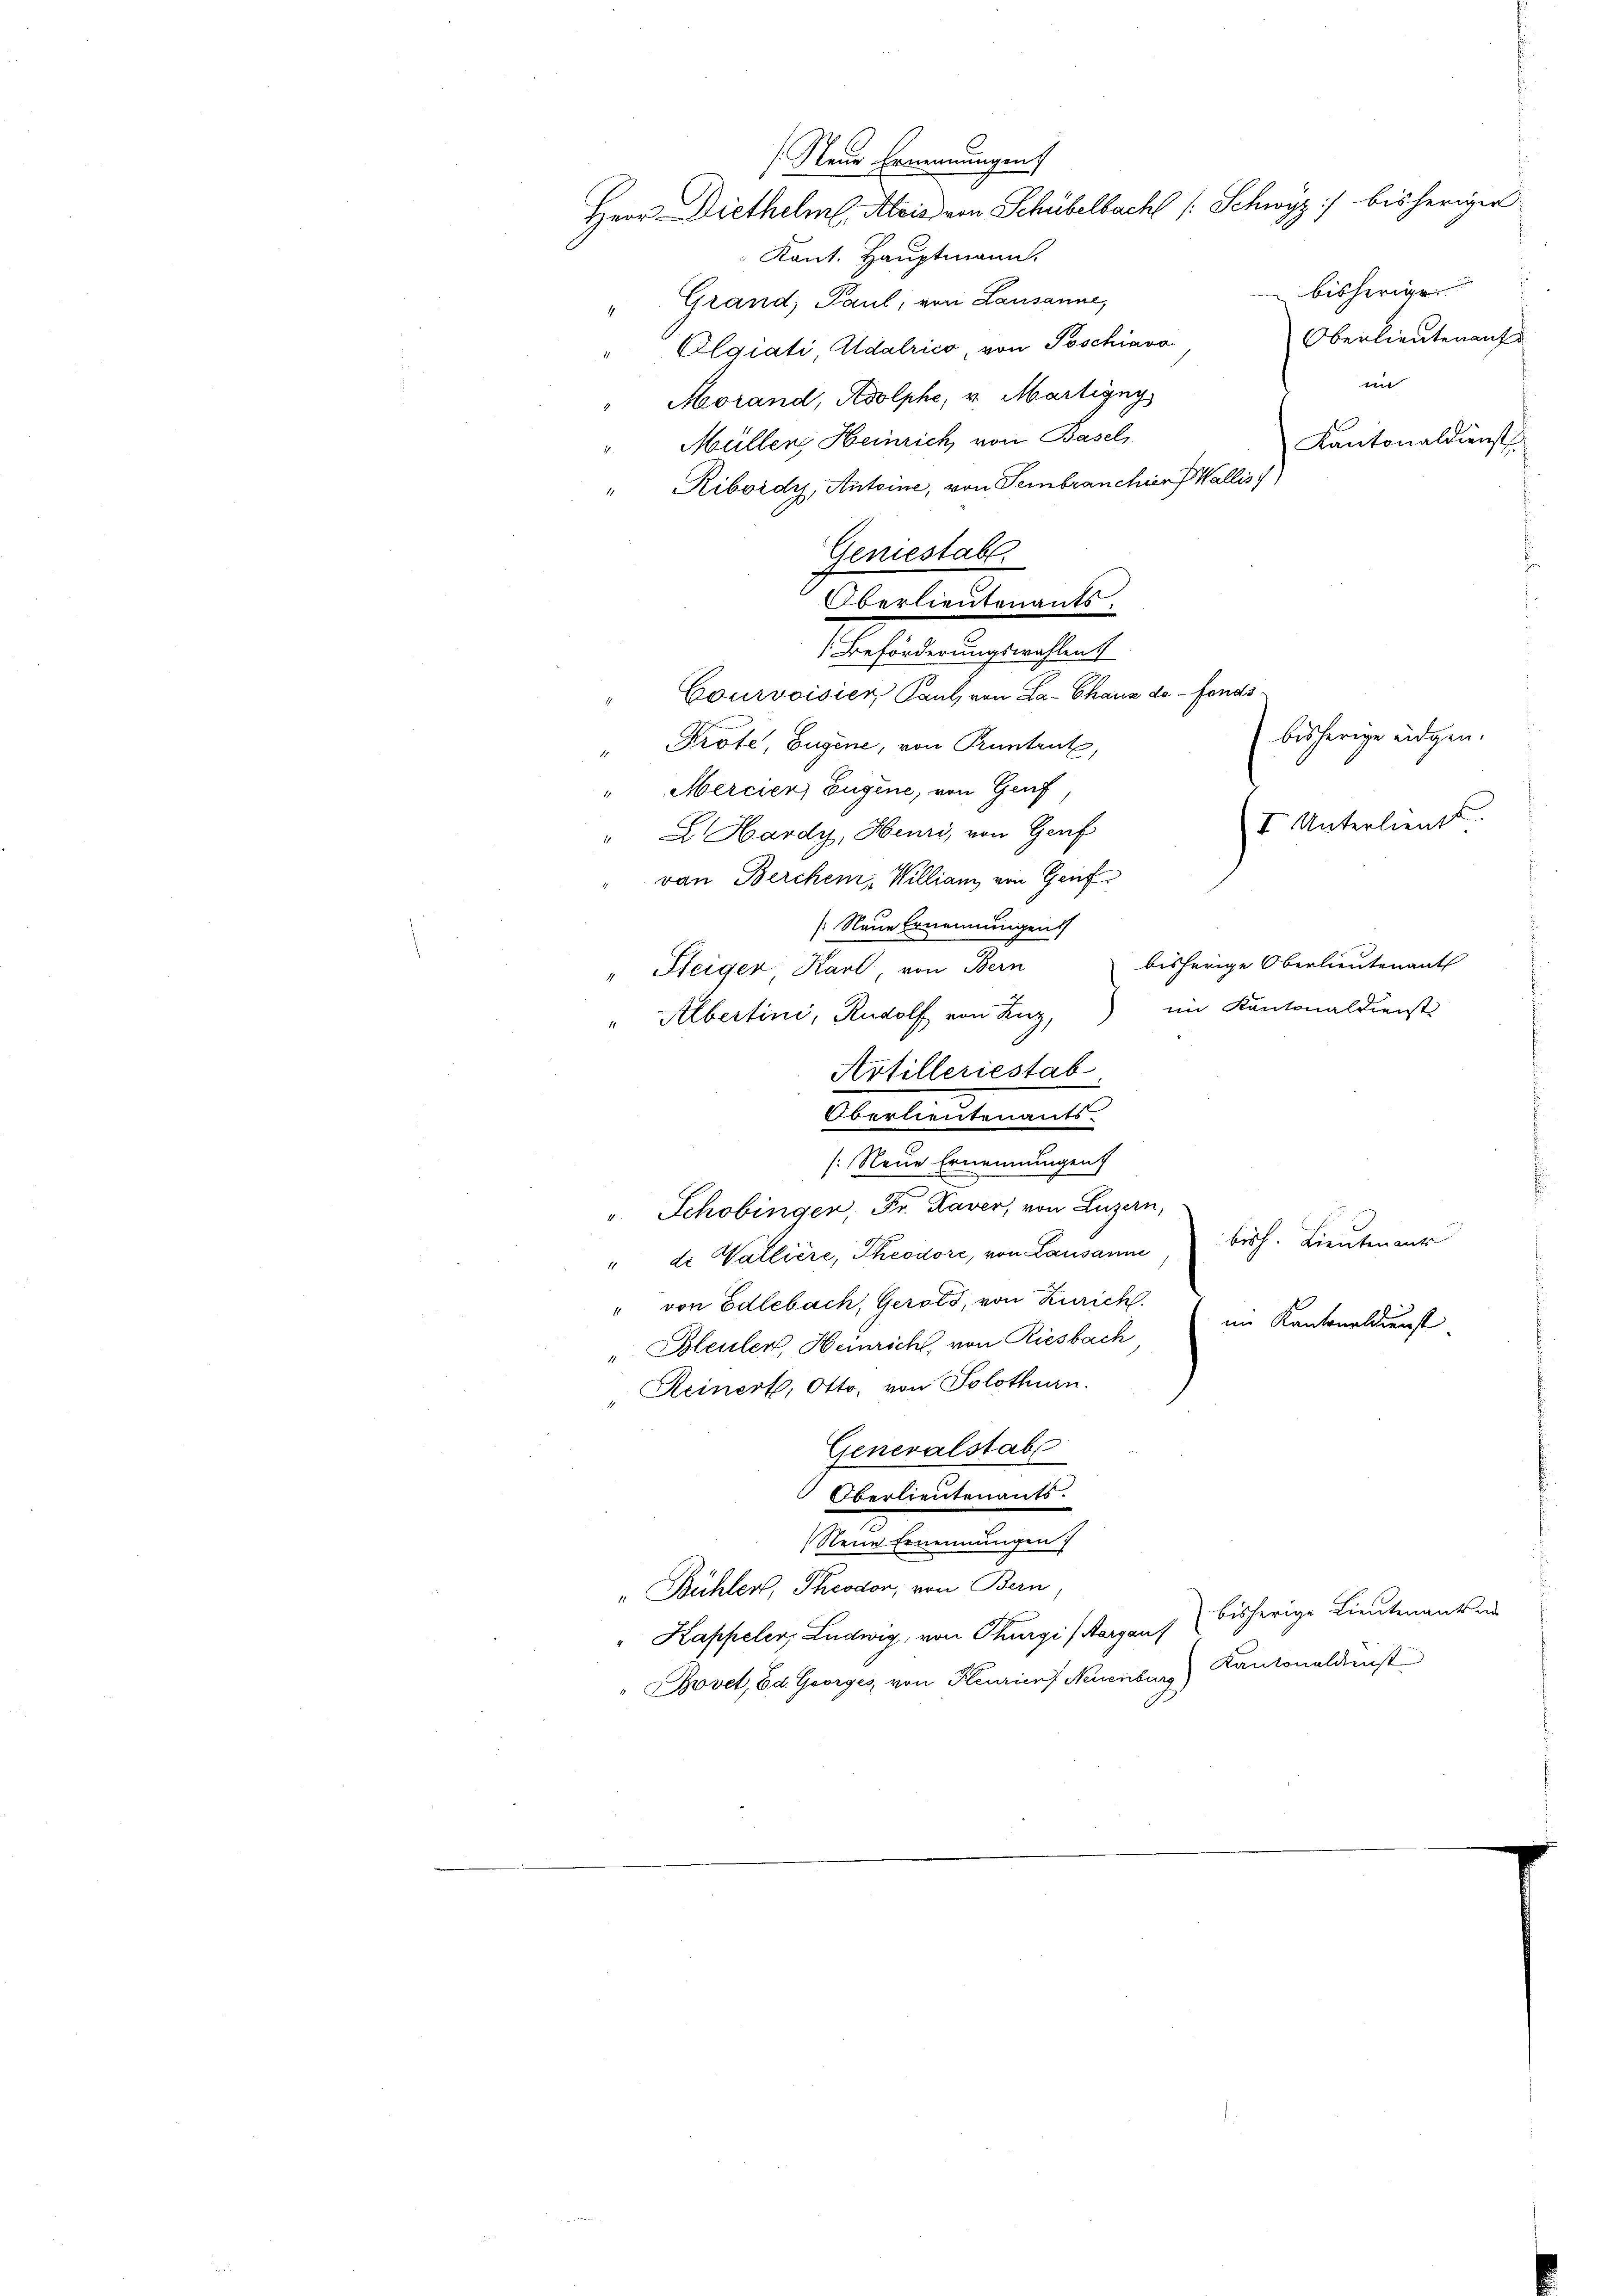
[Beförderungswahlen
Courvoisier, Paul von La-Chaus de fonds¬
" Prote, Eugene, von Pruntrut,
"Mercien, Eugene, von Gruf
(I Unterlieut.
" E. Hardy, Heuri, von Genf
von Berchen, William von Genf
(Neue Ernennungen
bisherige Oberlieutenant
" Steiger Karl, von Bern
im Kantonaldienst
" Albertini, Rudolf von Luz,
Artilleriestab
Oberlieutenant.
(Neue Ernennungen
v. Schobingen, Fr. Laver, von Luzern,
"di Wallière, Theodore, von Lausanne, bish. Lieuten aur
" von Edlebach, Gerots, von Zürich
im Kantonaldienst
„ Bleuler, Heinricht, von Riesbach
Reinert, Otto, von Solothurn.
Generalstabe
Oberlieutenants.
Neue Ernennungen
„Bühler, Theodor, von Bern
bisherige Lieutenant au
Kappeler, Ludwig, von Thurgi) Aargau
Kantonaldenst
Bovet, Bd. Georges, von Pleurier Neuenburg)

Neue Ernennungen
Herr Diethelml. Alois dem Schübelbacht /: Schwyz) bisheriger
Kant. Hauptmann.
bisherige
"Grand Paul, von Lausanne,
Oberlieutenauf
Elgiati, Adalrico von Poschiavo
t
Morand, Adolphe, v. Martigny,
Kantonaldienst
Müllers Heinrich von Basels
Ribordis, Antoine, von Sembranchien Wallis

Geniestabe.
Oberlieutenants,

bisherige eidgen.